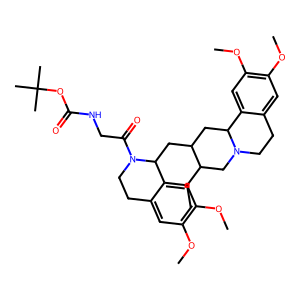
SMILES: CCC1CN2CCc3cc(OC)c(OC)cc3C2CC1CC1c2cc(OC)c(OC)cc2CCN1C(=O)CNC(=O)OC(C)(C)C
Inhibits HIV replication: No